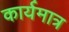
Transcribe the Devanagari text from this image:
कार्यमात्र